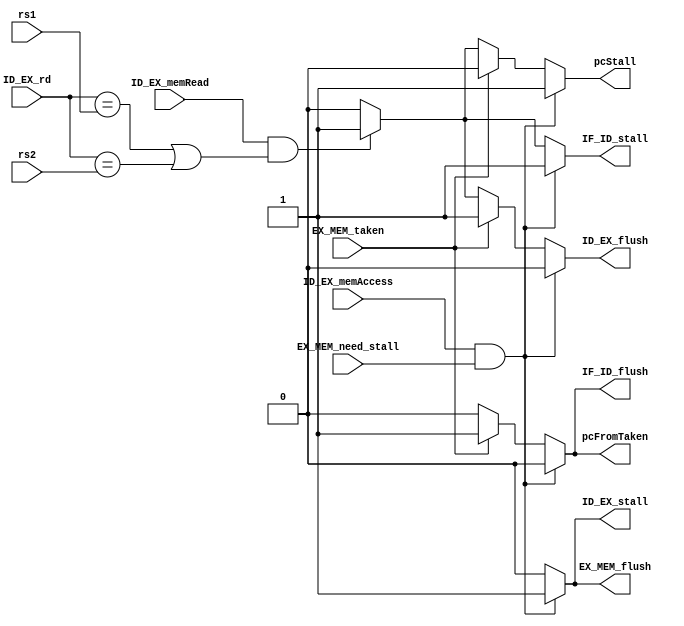
`timescale 1ps/1ps
module HazardUnit (
  input  [4:0]  rs1,
  input  [4:0]  rs2,
  // input         ID_branch,
  input         ID_EX_memRead,
  input  [4:0]  ID_EX_rd,
  input         EX_MEM_taken,

  input         ID_EX_memAccess,
  input         EX_MEM_need_stall,
  // input  [1:0]  EX_MEM_maskMode,
  // input         EX_MEM_wen,

  output reg    pcFromTaken,
  output reg    pcStall,
  output reg    IF_ID_stall,
  output reg    ID_EX_stall,
  output reg    ID_EX_flush,
  output reg    EX_MEM_flush,
  output reg    IF_ID_flush
);

  // note:  if 
  always @(*) begin
    pcFromTaken   <= 0;  
    pcStall       <= 0; 
    IF_ID_stall    <= 0;
    ID_EX_stall    <= 0;
    ID_EX_flush    <= 0;
    EX_MEM_flush   <= 0;  
    IF_ID_flush    <= 0;
    //  load rs1/rs2  mem 
    //  load  IF/ID 
    if(ID_EX_memRead & (ID_EX_rd == rs1 || ID_EX_rd == rs2)) begin
      pcFromTaken <= 0;
      pcStall     <= 1;
      IF_ID_stall <= 1;
      ID_EX_flush <= 1;
    end
    // alu  branch pc
    if(EX_MEM_taken) begin 
      pcFromTaken <= 1; // PC from MEM stage
      pcStall     <= 0; // PC from MEM stage\
      IF_ID_flush  <= 1;
      ID_EX_flush  <= 1;
      // EX_MEM_flush <= 1;
      EX_MEM_flush <= 0; // CHANGE : match TODO 01 Execute 
      //  EX_MEM  ex_mem_taken  Hazard 
      //  EX_MEM  hazard  EX_MEM
    end
    //  RAM sb/sh load/store
    //  sb/sh 
    // if(ID_EX_memAccess && EX_MEM_wen && (EX_MEM_maskMode == 2'b00 || EX_MEM_maskMode == 2'b01)) begin
    if(ID_EX_memAccess && EX_MEM_need_stall) begin
      pcFromTaken  <= 0;
      pcStall      <= 1;
      IF_ID_stall  <= 1;
      IF_ID_flush  <= 0;
      ID_EX_stall  <= 1;
      ID_EX_flush  <= 0;
      EX_MEM_flush <= 1;
    end
  end

endmodule